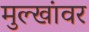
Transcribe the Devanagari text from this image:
मुल्खांवर